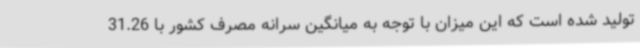
تولید شده است که این میزان با توجه به میانگین سرانه مصرف کشور با 31.26